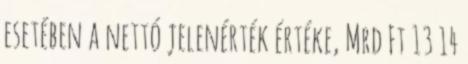
esetében a nettó jelenérték értéke, Mrd Ft 13 14